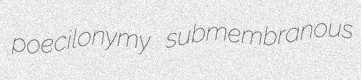
poecilonymy submembranous